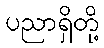
ပညာရှိတို့